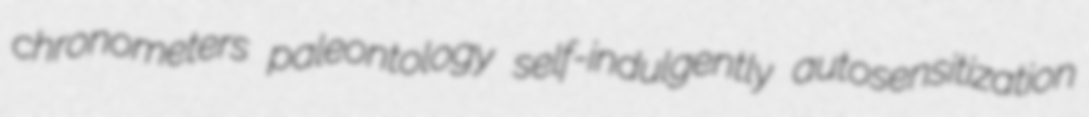
chronometers paleontology self-indulgently autosensitization